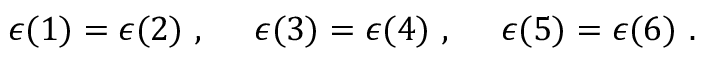
\epsilon ( 1 ) = \epsilon ( 2 ) ~ , ~ ~ ~ ~ \epsilon ( 3 ) = \epsilon ( 4 ) ~ , ~ ~ ~ ~ \epsilon ( 5 ) = \epsilon ( 6 ) ~ .